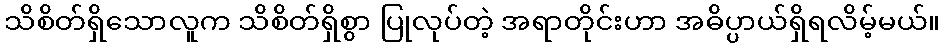
သိစိတ်ရှိသောလူက သိစိတ်ရှိစွာ ပြုလုပ်တဲ့ အရာတိုင်းဟာ အဓိပ္ပာယ်ရှိရလိမ့်မယ်။